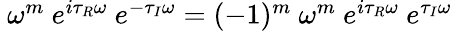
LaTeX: \begin{array}{r}{\begin{array}{r}{~\omega^{m}~e^{i\tau_{R}\omega}~e^{-\tau_{I}\omega}=(-1)^{m}~\omega^{m}~e^{i\tau_{R}\omega}~e^{\tau_{I}\omega}}\end{array}}\end{array}